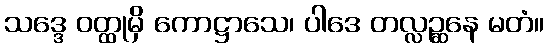
သဒ္ဒေ ဝတ္ထုမှိ ကောဋ္ဌာသေ၊ ပါဒေ တလ္လဉ္ဆနေ မတံ။